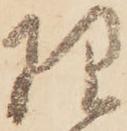
理